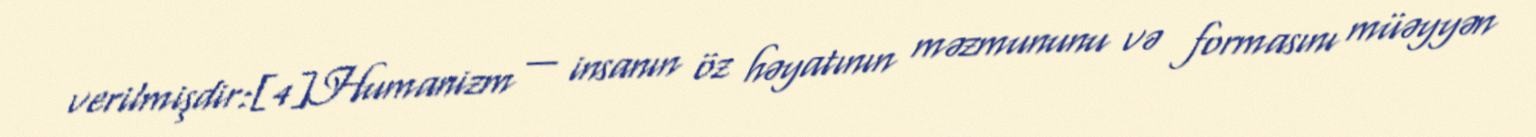
verilmişdir:[4]Humanizm — insanın öz həyatının məzmununu və formasını müəyyən